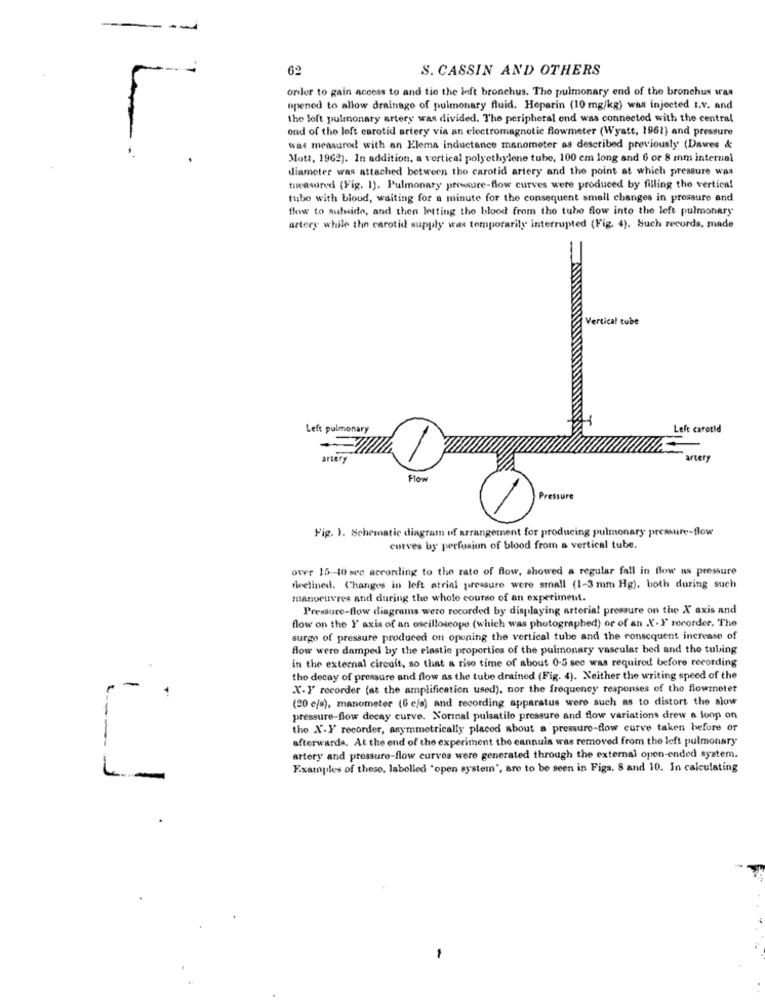
--
S. CASSIN AND OTHERS
order to gain access to and tie the left bronchus. The pulmonary end of the bronchus was
opened to allow drainage of pulmonary fluid. Heparin (10 mg/kg) was injected I.v. and
the loft pulmonary artery was divided. The peripheral end was connected with the central
ond of the loft carotid artery via an electromagnetic flowmeter (Wyatt, 1961) and pressure
was measured with an Elema inductance manometer as described previously (Dawes &
Mott, 1962). In addition, a vertical polyethylene tube, 100 cm long and 6 or 8 mm internal
diameter was attached between the carotid artery and the point at which pressure was
measured (Fig. 1). Pulmonary pressure-flow curves were produced by filling the vertical
tube with blood, waiting for a minute for the consequent small changes in pressure and
flow to sufusido, and then letting the blood from the tube flow into the left pulmonary
artery while the carotid supply was temporarily interrupted (Fig. 4). Such records, made
Vertical cube
Left pulmonary
Left carotid
artery
utery
Pressure
Fig. 1. Schematic diagram of arrangement for producing pulmonary pressure-flow
curves by perfusion of blood from a vertical tube.
over 15-10 sec according to the rate of flow, showed a regular fall in flow us pressure
declined. Changes in left atrial preasure were small (1-3 mm Hg), both during such
manoeuvres and during the whole course of an experiment.
Pressure-flow diagrams were recorded by displaying arterial pressure on the X axis and
flow on the Y' axis of an oscilloscope (which was photographed) or of an X-I recorder. The
surge of pressure produced on opening the vertical tube and the consequent increase of
flow were damped by the elastic proporties of the pulmonary vascular bed and tho tubing
in the external circuit, so that a riso time of about 0-5 sec was required before recording
-
tho decay of pressure and flow as the tube drained (Fig. 4). Neither the writing speed of the
X-I recorder (at the amplification used), nor the frequency responses of the flowmeter
(20 c/a), manometer (6 c/s) and recording apparatus were such as to distort the slow
pressure-flow decay curve. Norinal pulsatilo pressure and flow variations drew a loop on
the X.Y recorder, asymmetrically placed about a pressure-flow curve taken before or
-
afterwards. At the end of the experiment the cannuis was removed from the left pulmonary
artery and pressure-flow curves were generated through the external open-ended system.
L
Examples of these, labelled "open system', are to be seen in Figs. 8 and 10. In calculating
-
-